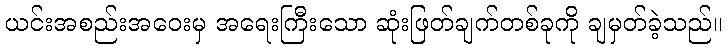
ယင်းအစည်းအဝေးမှ အရေးကြီးသော ဆုံးဖြတ်ချက်တစ်ခုကို ချမှတ်ခဲ့သည်။